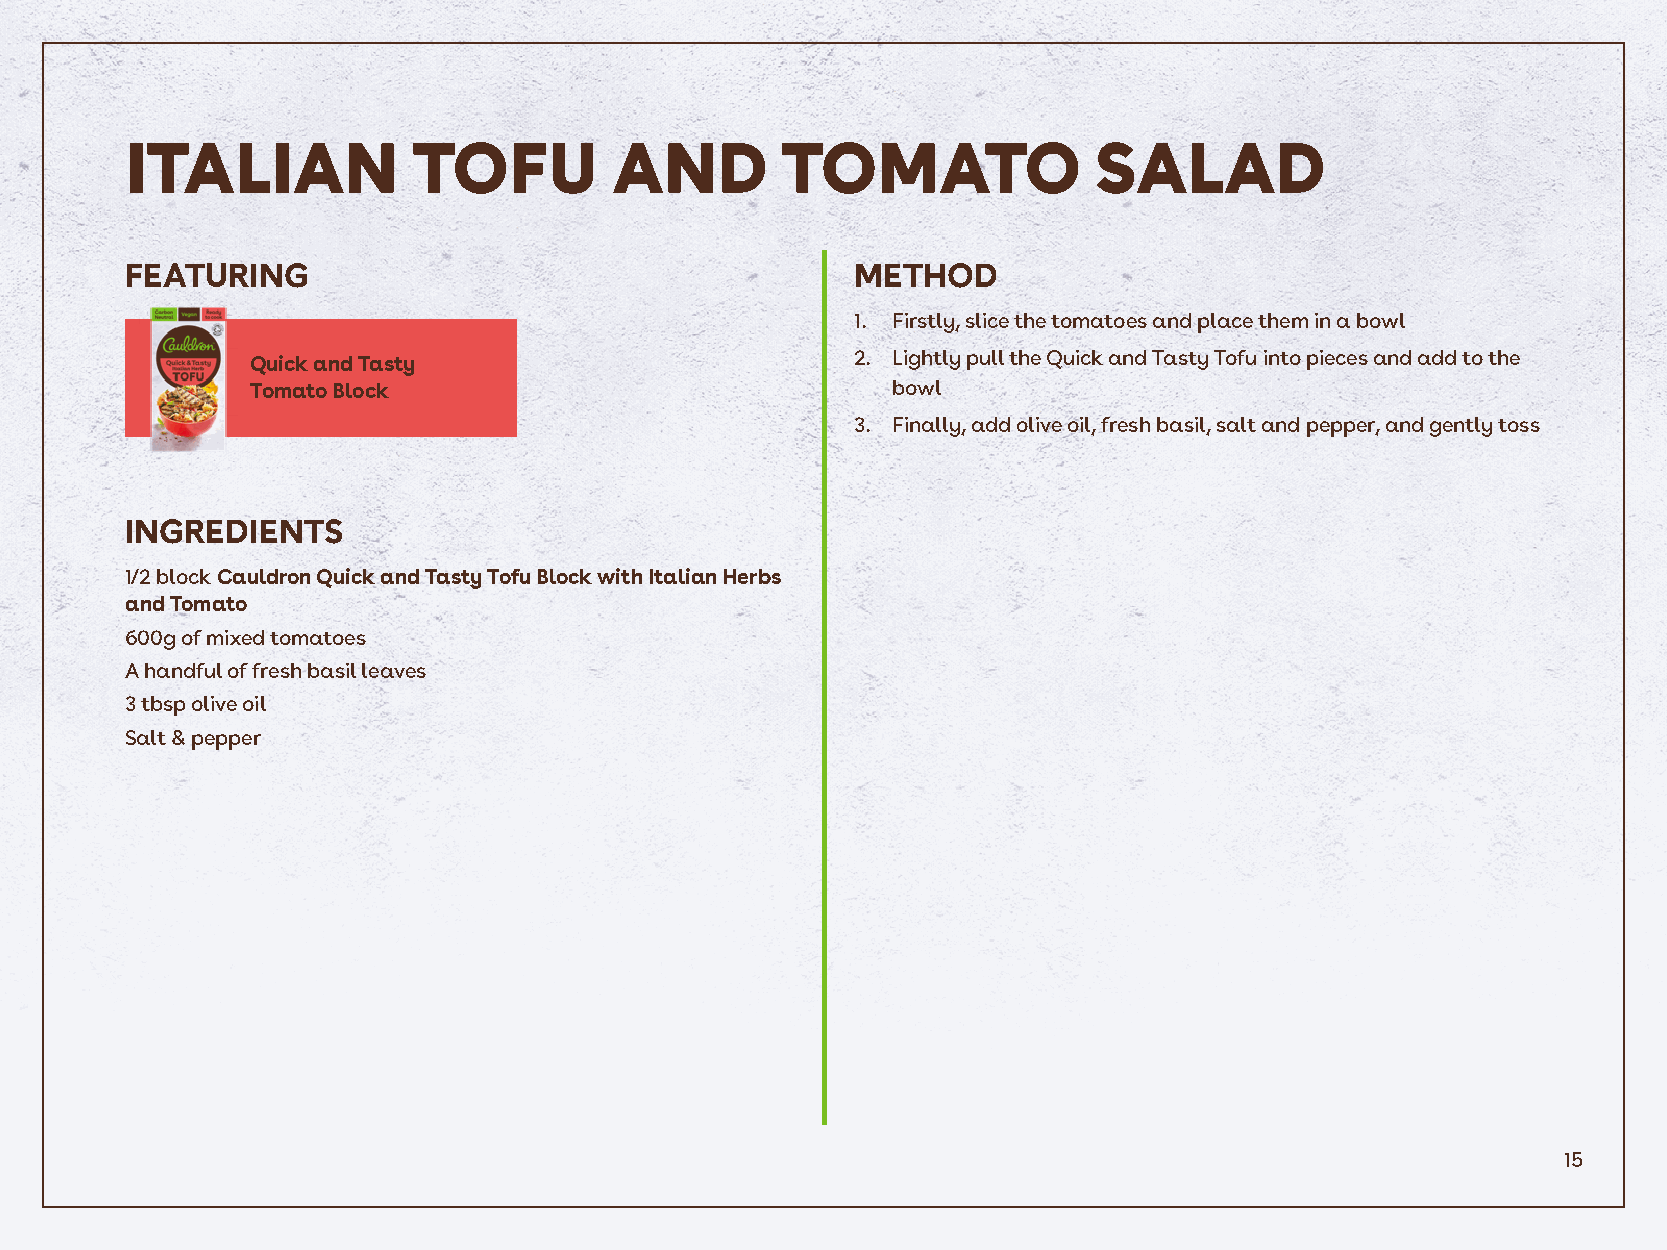
ITALIAN            TOFU          AND        TOMATO              SALAD
 FEATURING                                        METHOD
 1. Firstly, slice the tomatoes and place them in a bowl
 Quick and Tasty                         2. Lightly pull the Quick and Tasty Tofu into pieces and add to the
 Tomato Block                              bowl
 3. Finally, add olive oil, fresh basil, salt and pepper, and gently toss
 INGREDIENTS
 1/2 block Cauldron Quick and Tasty Tofu Block with Italian Herbs
 and Tomato
 600g of mixed tomatoes
 A handful of fresh basil leaves
 3 tbsp olive oil
 Salt & pepper
 15